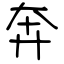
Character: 奔